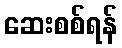
ဆေးစစ်ရန်